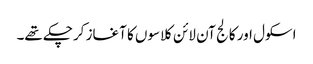
اسکول اور کالج آن لائن کلاسوں کا آغاز کرچکے تھے۔